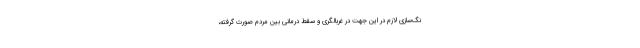
نگ‌سازی لازم در این جهت در غربالگری و سقط درمانی بین مردم صورت گرفته،